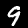
Label: 9